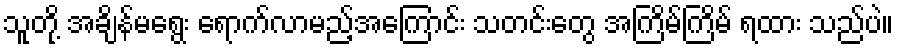
သူတို့ အချိန်မရွေး ရောက်လာမည့်အကြောင်း သတင်းတွေ အကြိမ်ကြိမ် ရထား သည်ပဲ။